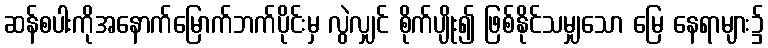
ဆန်စပါးကိုအနောက်မြောက်ဘက်ပိုင်းမှ လွဲလျှင် စိုက်ပျိုး၍ ဖြစ်နိုင်သမျှသော မြေ နေရာများ၌